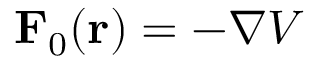
\mathbf { F } _ { 0 } ( { \bf r } ) = - \nabla V